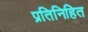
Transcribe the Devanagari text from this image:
प्रतिनिहित